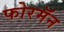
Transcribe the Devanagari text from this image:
फोरमॅन